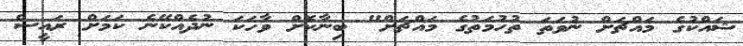
ޝައްކުގެ މައްޗަށް ނުވަތަ ތުހުމަތުގެ މައްޗަށް" ބިނާކޮށް ވާހަކަ ނުދެއްކޭނެ ކަމަށް ރައީސް